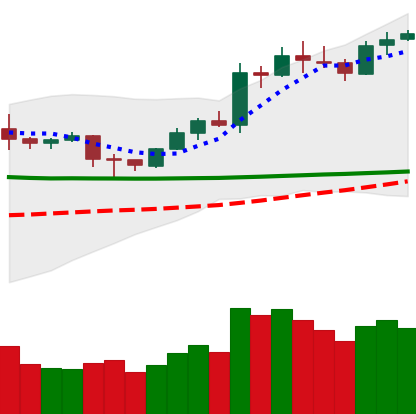
Ticker: LTC-USD
Chart end date: 2020-02-07
Forward return: 9.335%
Label: up_7plus